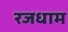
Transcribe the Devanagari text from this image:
रजधाम